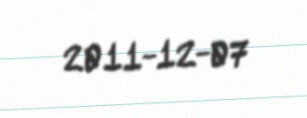
2011-12-07